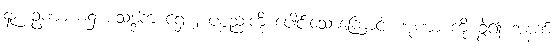
၄၃။ ဥဏာ စ၌ စသဒ္ဒါက ရှေ့ ၂ ပစ္စည်းကို ပေါင်းသောကြောင့် ဏုဏာ ကို ခွဲ၍ အနက်